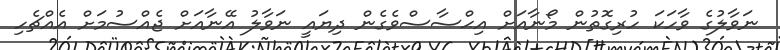
ނަވާލުގެ ވާހަކަ ހުރިގޮތުން މޯނާއަށް އިޙްސާސްވެގެން ދިޔައީ ނަވާލު އޭނާއަށް ޖެއްސުމަށް އެއްޗެހި